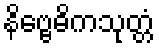
နိဗ္ဗေဓိကသုတ္တံ